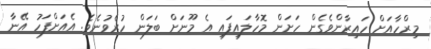
މިރްހާއަށް ހައިރާންވެގެން ހަށަން މޮހާލައިފައި އެ މޫނަށް ބަލަން ހުރެވުނެވެ. އެއަށްފަހު އޭނާ